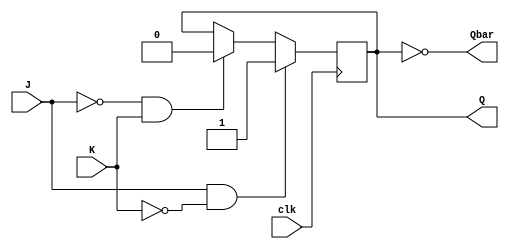
module jk_latch(
  input J, K, clk,
  output reg Q, Qbar
);

always @(posedge clk) begin
  if (J && !K)
    Q <= 1;
  else if (!J && K)
    Q <= 0;
end

assign Qbar = ~Q;

endmodule